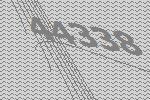
44338